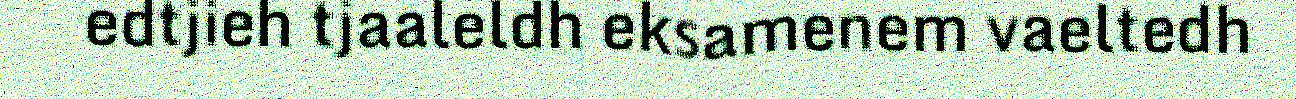
edtjieh tjaaleldh eksamenem vaeltedh